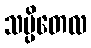
သပ္ပိတေလ